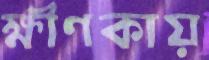
ক্ষীণকায়